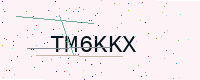
Text: TM6KKX